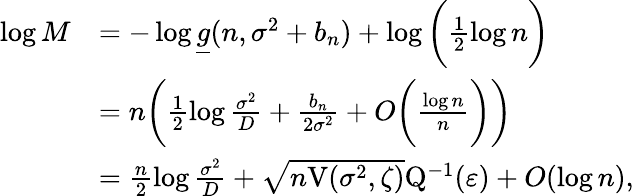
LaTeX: \begin{array}{rl}{\log M}&{=-\log\underline{{g}}(n,\sigma^{2}+b_{n})+\log\bigg(\frac{1}{2}\log n\bigg)}\\ &{=n\bigg(\frac{1}{2}\log\frac{\sigma^{2}}{D}+\frac{b_{n}}{2\sigma^{2}}+O\bigg(\frac{\log n}{n}\bigg)\bigg)}\\ &{=\frac{n}{2}\log\frac{\sigma^{2}}{D}+\sqrt{n\mathrm{V}(\sigma^{2},\zeta)}\mathrm{Q}^{-1}(\varepsilon)+O(\log n),}\end{array}